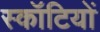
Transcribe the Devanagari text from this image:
स्कॉटियों